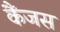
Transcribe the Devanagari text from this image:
कैंजस